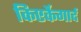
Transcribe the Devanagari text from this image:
किएर्केगार्द